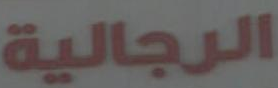
الرجالية